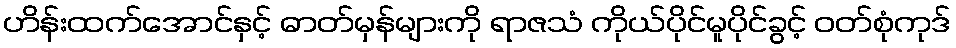
ဟိန်းထက်အောင်နှင့် ဓာတ်မှန်များကို ရာဇသံ ကိုယ်ပိုင်မူပိုင်ခွင့် ဝတ်စုံကုဒ်